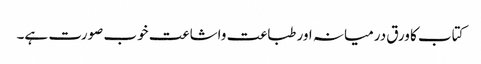
کتاب کا ورق درمیانہ اور طباعت واشاعت خوب صورت ہے۔